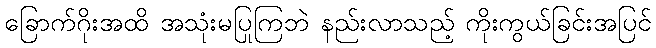
ခြောက်ဂိုးအထိ အသုံးမပြုကြဘဲ နည်းလာသည့် ကိုးကွယ်ခြင်းအပြင်